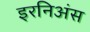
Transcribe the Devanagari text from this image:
इरनिअंस